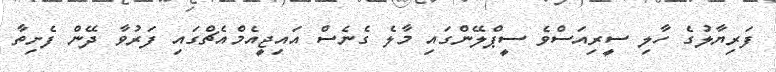
ފަރިޔާލުގެ ހާލި ސީރިއަސްވެ ސީޕްލޭންގައި މާލެ ގެނެސް އައިޖީއެމްއެޗްގައި ފަރުވާ ދޭން ފެށިތާ